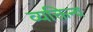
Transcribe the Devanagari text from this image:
व्यक्तिन्व